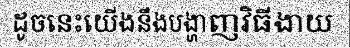
ដូចនេះយើងនឹងបង្ហាញវិធីងាយ